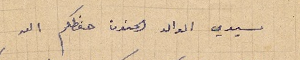
سيدي الوالد الحنون حفظكم الله